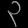
Digit: ၃